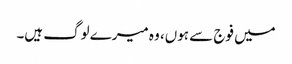
میں فوج سے ہوں، وہ میرے لوگ ہیں۔